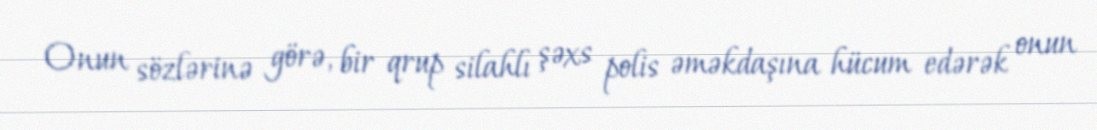
Onun sözlərinə görə, bir qrup silahlı şəxs polis əməkdaşına hücum edərək onun